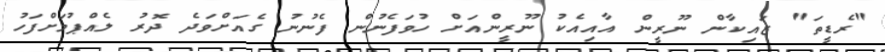
"ރެޑީތަ" ޒައިކާން ނޫރީން އާއިއެކު ނޫރީންއަށް ހުވަފެނުން ފެނުނު ގެއަށްވަދެ ދޮރު ލެއްޕުމަށްފަހު